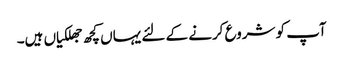
آپ کو شروع کرنے کے لئے یہاں کچھ جھلکیاں ہیں۔